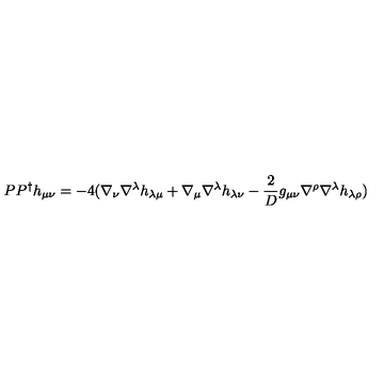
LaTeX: P P ^ { \dag } h _ { \mu \nu } = - 4 ( \nabla _ { \nu } \nabla ^ { \lambda } h _ { \lambda \mu } + \nabla _ { \mu } \nabla ^ { \lambda } h _ { \lambda \nu } - \frac { 2 } { D } g _ { \mu \nu } \nabla ^ { \rho } \nabla ^ { \lambda } h _ { \lambda \rho } )